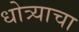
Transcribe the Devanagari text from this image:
धोत्र्याचा